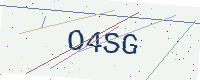
Text: O4SG